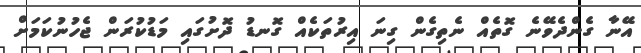
އޭނާ ގެންދެވޭނެ ގޮތެއް ނެތިގެން ގިނަ އިރުތަކެއް ގޮނޑު ދޮށުގައި މަޑުކުރަން ޖެހުނުކަމަށް